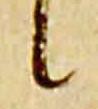
候